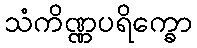
သံကိဏ္ဏပရိက္ခော